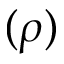
( \rho )